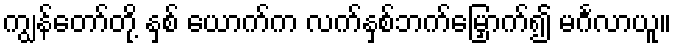
ကျွန်တော်တို့ နှစ် ယောက်က လက်နှစ်ဘက်မြှောက်၍ မင်္ဂလာယူ။